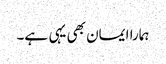
ہمارا ایمان بھی یہی ہے۔